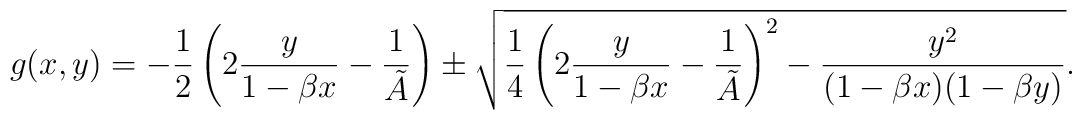
g(x,y) = - \frac{1}{2} \left( 2 \frac{y}{1-\beta x} - \frac{1}{\tilde{A}}\right)    \pm \sqrt{ \frac{1}{4}  \left( 2 \frac{y}{1-\beta x} - \frac{1}{\tilde{A}}\right)^2  - \frac{y^2}{(1-\beta x) (1-\beta y)  }}.